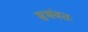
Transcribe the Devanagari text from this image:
सभंवतः